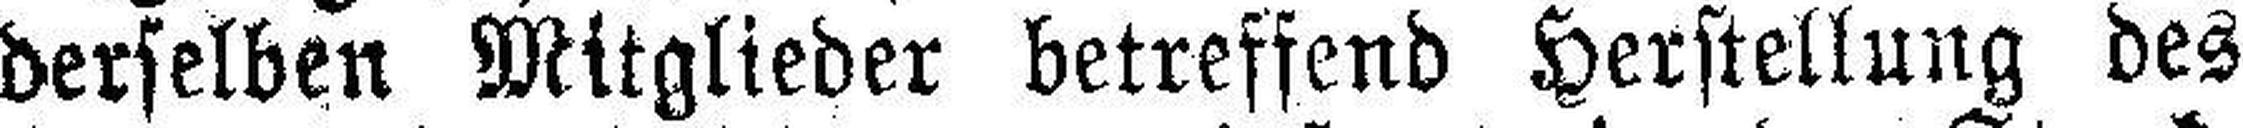
derselben Mitglieder betreffend Herstellung des